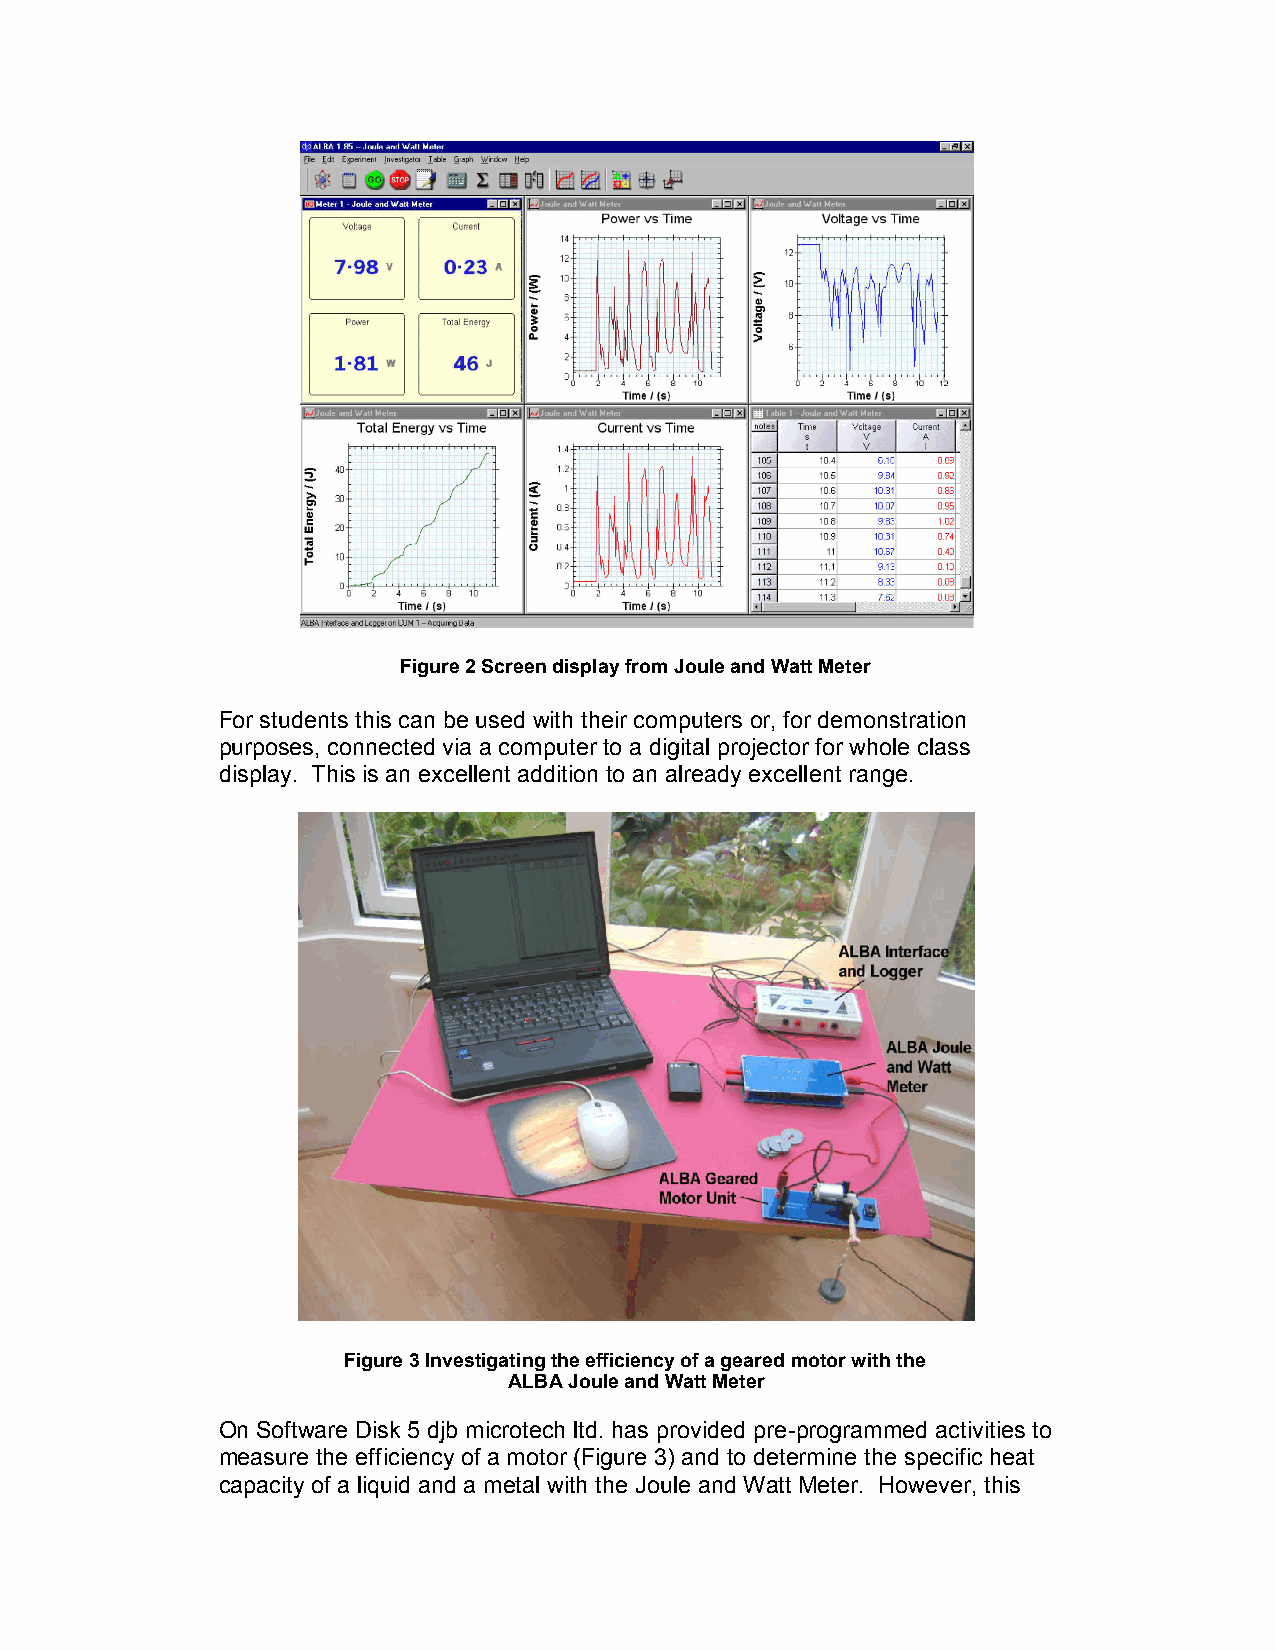
Figure2ScreendisplayfromJouleandWattMeter
 For students this can be used with their computers or, for demonstration
 purposes, connected via a computer to a digital projector for whole class
 display. This is an excellent addition to an already excellent range.
 Figure3Investigatingtheefficiencyofagearedmotorwiththe
 ALBAJouleandWattMeter
 On Software Disk 5 djb microtech ltd. has provided pre-programmed activities to
 measure the efficiency of a motor (Figure 3) and to determine the specific heat
 capacity of a liquid and a metal with the Joule andWatt Meter. However, this